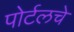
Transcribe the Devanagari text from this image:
पोर्टलचे